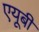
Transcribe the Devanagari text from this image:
एयूबी